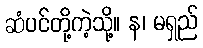
ဆံပင်တို့ကဲ့သို့။ န၊ မရှည်